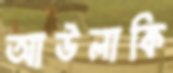
আউলাকি